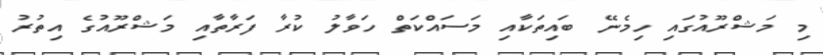
މި މަޝްރޫއުގައި ހިމެނޭ ބައިތަކާއި މަސައްކަތް ހަވާލު ކުރާ ފަރާތާއި މަޝްރޫއުގެ އިތުރު